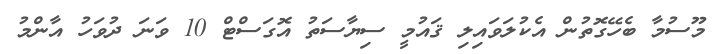
މޫސުމާ ބެހޭގޮތުން އެކުލަވައިލި ޤައުމީ ސިޔާސަތު އޮގަސްޓް 10 ވަނަ ދުވަހު އާންމު